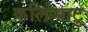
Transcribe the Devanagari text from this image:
कलिप्पाटु